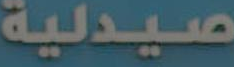
صيدلية